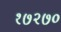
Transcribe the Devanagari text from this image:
१७२७०